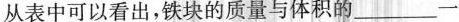
从表中可以看出，铁块的质量与体积的___一